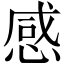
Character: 感